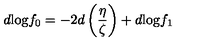
d \mathrm { l o g } f _ { 0 } = - 2 d \left( \frac { \eta } { \zeta } \right) + d \mathrm { l o g } f _ { 1 }